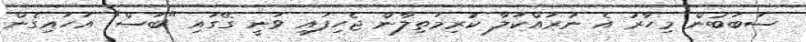
ސަބަބުން މިހާރު އެ ނުރައްކަލާ ކުރިމަތިލާން ޖެހިފައި ވަނީ ގޭގައި "ބަސް" އަހައިގެން